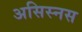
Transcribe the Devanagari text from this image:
असिस्नस